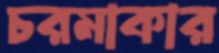
চরমাকার